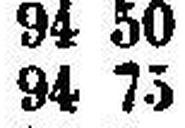
94 75